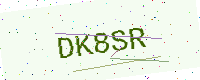
Text: DK8SR